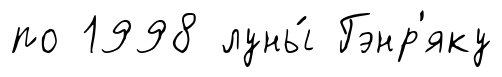
по 1998 луны́ Гэнр'яку